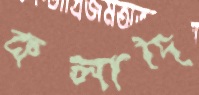
কলাদি